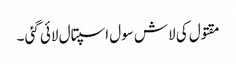
مقتول کی لاش سول اسپتال لائی گئی ۔